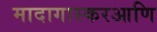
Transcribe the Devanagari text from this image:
मादागास्करआणि